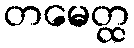
တမေတ္ထ